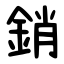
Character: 銷